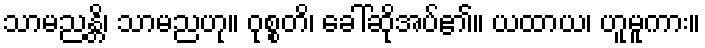
သာမညန္တိ၊ သာမညဟု။ ဝုစ္စတိ၊ ခေါ်ဆိုအပ်၏။ ယထာယ၊ ဟူမူကား။